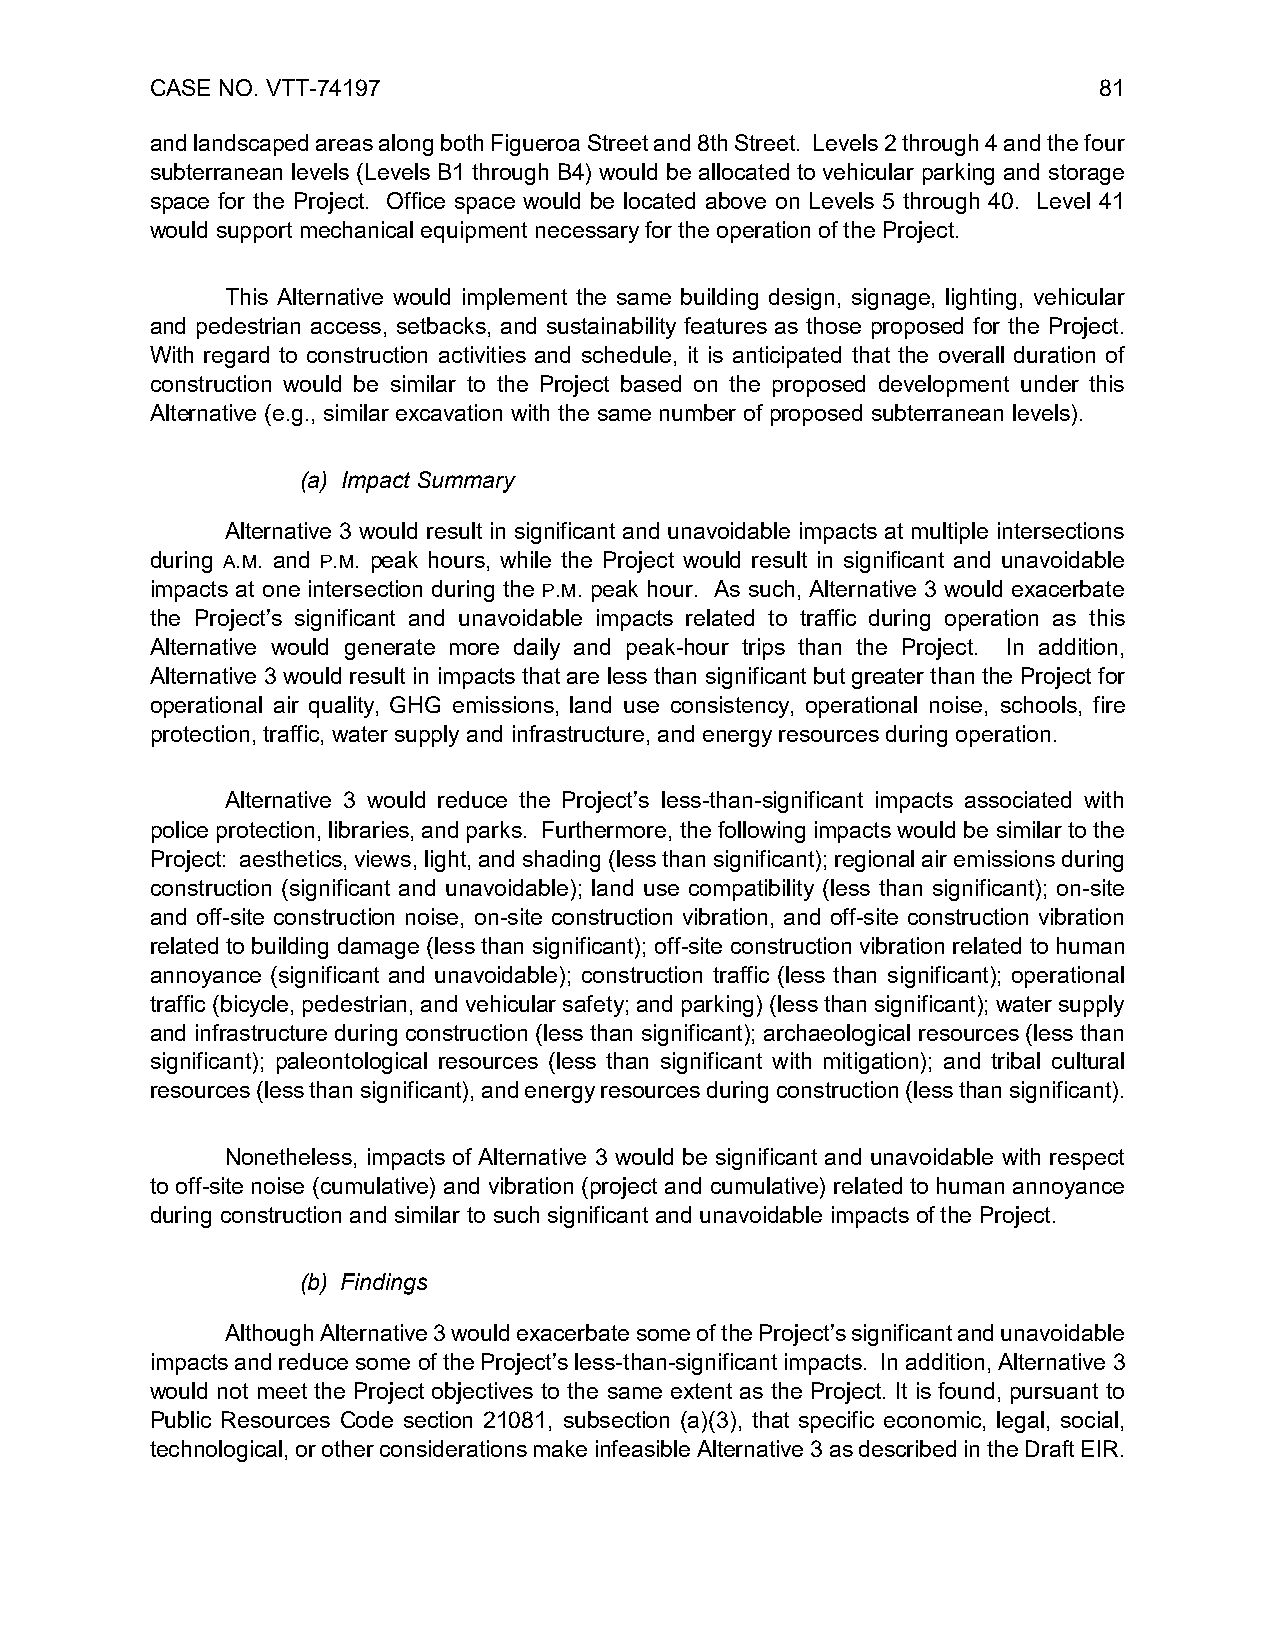
CASE NO. VTT-74197                                             81
 and landscaped areas along both Figueroa Street and 8th Street. Levels 2 through 4 and the four
 subterranean levels (Levels B1 through B4) would be allocated to vehicular parking and storage
 space for the Project. Office space would be located above on Levels 5 through 40. Level 41
 would support mechanical equipment necessary for the operation of the Project.
 This Alternative would implement the same building design, signage, lighting, vehicular
 and pedestrian access, setbacks, and sustainability features as those proposed for the Project.
 With regard to construction activities and schedule, it is anticipated that the overall duration of
 construction would be similar to the Project based on the proposed development under this
 Alternative (e.g., similar excavation with the same number of proposed subterranean levels).
 (a) Impact Summary
 Alternative 3 would result in significant and unavoidable impacts at multiple intersections
 during A.M. and P.M. peak hours, while the Project would result in significant and unavoidable
 impacts at one intersection during the P.M. peak hour. As such, Alternative 3 would exacerbate
 the Project’s significant and unavoidable impacts related to traffic during operation as this
 Alternative would generate more daily and peak-hour trips than the Project. In addition,
 Alternative 3 would result in impacts that are less than significant but greater than the Project for
 operational air quality, GHG emissions, land use consistency, operational noise, schools, fire
 protection, traffic, water supply and infrastructure, and energy resources during operation.
 Alternative 3 would reduce the Project’s less-than-significant impacts associated with
 police protection, libraries, and parks. Furthermore, the following impacts would be similar to the
 Project: aesthetics, views, light, and shading (less than significant); regional air emissions during
 construction (significant and unavoidable); land use compatibility (less than significant); on-site
 and off-site construction noise, on-site construction vibration, and off-site construction vibration
 related to building damage (less than significant); off-site construction vibration related to human
 annoyance (significant and unavoidable); construction traffic (less than significant); operational
 traffic (bicycle, pedestrian, and vehicular safety; and parking) (less than significant); water supply
 and infrastructure during construction (less than significant); archaeological resources (less than
 significant); paleontological resources (less than significant with mitigation); and tribal cultural
 resources (less than significant), and energy resources during construction (less than significant).
 Nonetheless, impacts of Alternative 3 would be significant and unavoidable with respect
 to off-site noise (cumulative) and vibration (project and cumulative) related to human annoyance
 during construction and similar to such significant and unavoidable impacts of the Project.
 (b) Findings
 Although Alternative 3 would exacerbate some of the Project’s significant and unavoidable
 impacts and reduce some of the Project’s less-than-significant impacts. In addition, Alternative 3
 would not meet the Project objectives to the same extent as the Project. It is found, pursuant to
 Public Resources Code section 21081, subsection (a)(3), that specific economic, legal, social,
 technological, or other considerations make infeasible Alternative 3 as described in the Draft EIR.